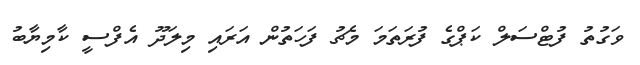
ވަގުތު ފުޓްސަލް ކަޕްގެ ފުރަތަމަ މެޗު ފަހަތުން އަރައި މިލަދޫ އެފްސީ ކާމިޔާބު